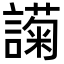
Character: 𬣇